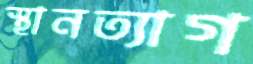
স্থানত্যাগ